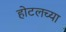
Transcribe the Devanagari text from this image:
होटलच्या